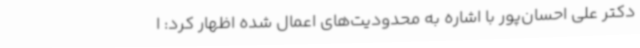
دکتر علی احسان‌پور با اشاره به محدودیت‌های اعمال شده اظهار کرد: ا